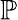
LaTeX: \mathbb{P}